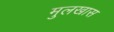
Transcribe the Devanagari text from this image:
मुलखास